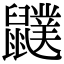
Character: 𪖈